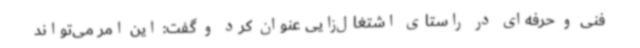
فنی و حرفه‌ای در راستای اشتغال‌زایی عنوان کرد و گفت: این امر می‌تواند